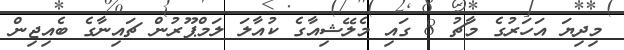
މިދިޔަ އަހަރުގެ މާޗު 8 ގައި މެލޭޝިއާގެ ކުއާލަ ލަމްޕޫރުން ޗައިނާގެ ބެއިޖިން